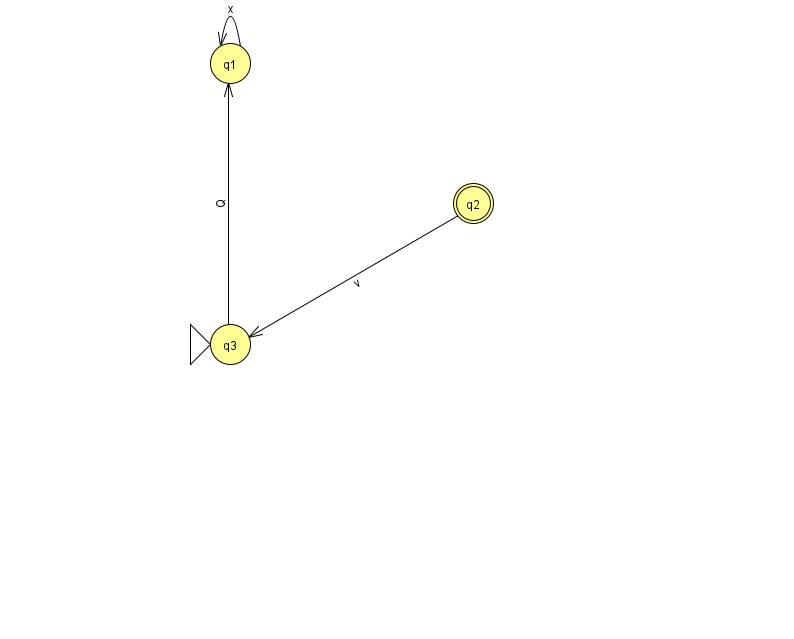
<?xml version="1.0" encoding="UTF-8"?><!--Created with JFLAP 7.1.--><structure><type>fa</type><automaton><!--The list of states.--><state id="1" name="q1"><x>230.0</x><y>50.0</y></state><state id="2" name="q2"><x>473.0</x><y>190.0</y><final/></state><state id="3" name="q3"><x>230.0</x><y>331.0</y><initial/></state><!--The list of transitions.--><transition><from>2</from><to>3</to><read>v</read></transition><transition><from>1</from><to>1</to><read>x</read></transition><transition><from>3</from><to>1</to><read>Q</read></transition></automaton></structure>